65_HS1-834228961_62-HQ-83894_Section_4
Agency: FBI
Page 32
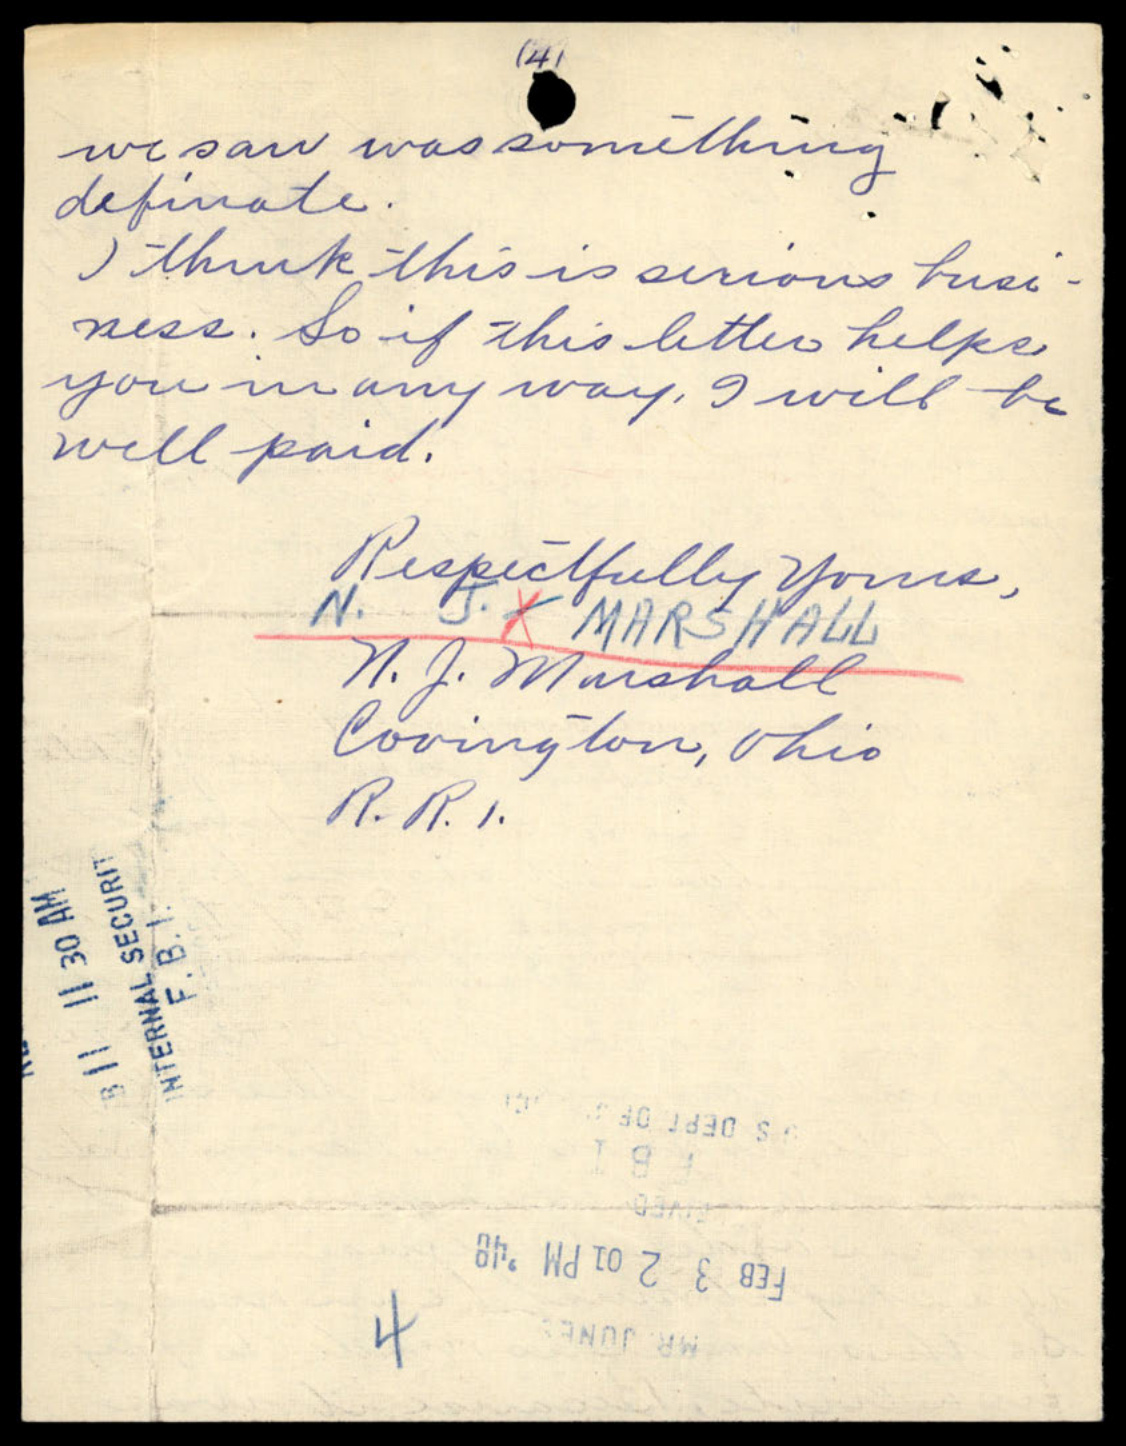